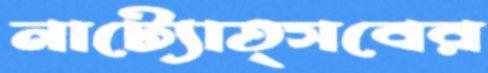
নাট্যোত্সবের